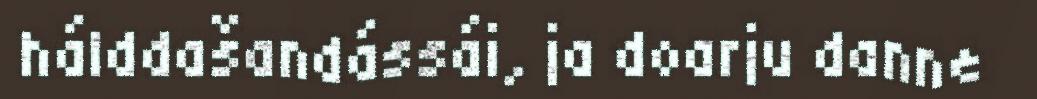
hálddašandássái, ja doarju danne